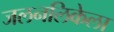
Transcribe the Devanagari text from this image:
जलनलिकेला